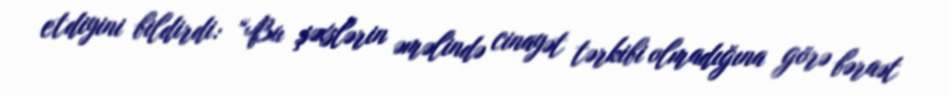
etdiyini bildirdi: “Bu şəxslərin əməlində cinayət tərkibi olmadığına görə bəraət